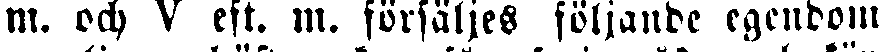
m. och V eft. m. försäljes följande egendom